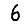
Digit: 6